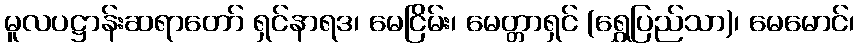
မူလပဋ္ဌာန်းဆရာတော် ရှင်နာရဒ၊ မေငြိမ်း၊ မေတ္တာရှင် (ရွှေပြည်သာ)၊ မေမောင်၊